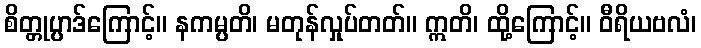
စိတ္တုပ္ပာဒ်ကြောင့်။ နကမ္ပတိ၊ မတုန်လှုပ်တတ်။ ဣတိ၊ ထို့ကြောင့်။ ဝီရိယဗလံ၊